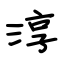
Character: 淳